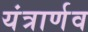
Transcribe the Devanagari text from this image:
यंत्रार्णव